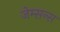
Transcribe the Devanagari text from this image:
जेम्सन्स